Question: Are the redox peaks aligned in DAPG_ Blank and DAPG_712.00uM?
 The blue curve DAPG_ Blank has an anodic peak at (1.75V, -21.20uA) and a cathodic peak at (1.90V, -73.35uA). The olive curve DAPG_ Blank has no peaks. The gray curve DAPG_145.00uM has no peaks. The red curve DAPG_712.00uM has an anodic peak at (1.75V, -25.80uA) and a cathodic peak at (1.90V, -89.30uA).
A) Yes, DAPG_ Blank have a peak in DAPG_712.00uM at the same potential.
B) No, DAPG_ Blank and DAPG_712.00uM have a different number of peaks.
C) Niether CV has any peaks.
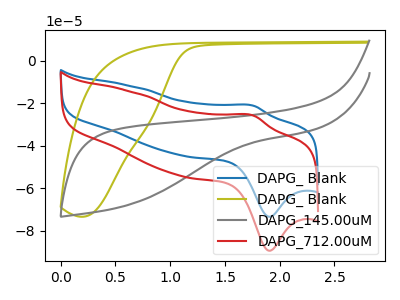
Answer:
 <answer>B) No, "DAPG_ Blank" and "DAPG_712.00uM" have a different number of peaks.</answer>
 <eval>B</eval>